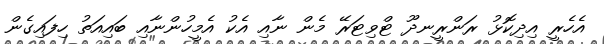
އެހެރީ އިދިކޮޅު ރަންރީނދޫ ޓްވިޓަރޭ މެން ނާއި އެކު އެމީހުންނާއި ބައިއަތު ހިފައިގެން